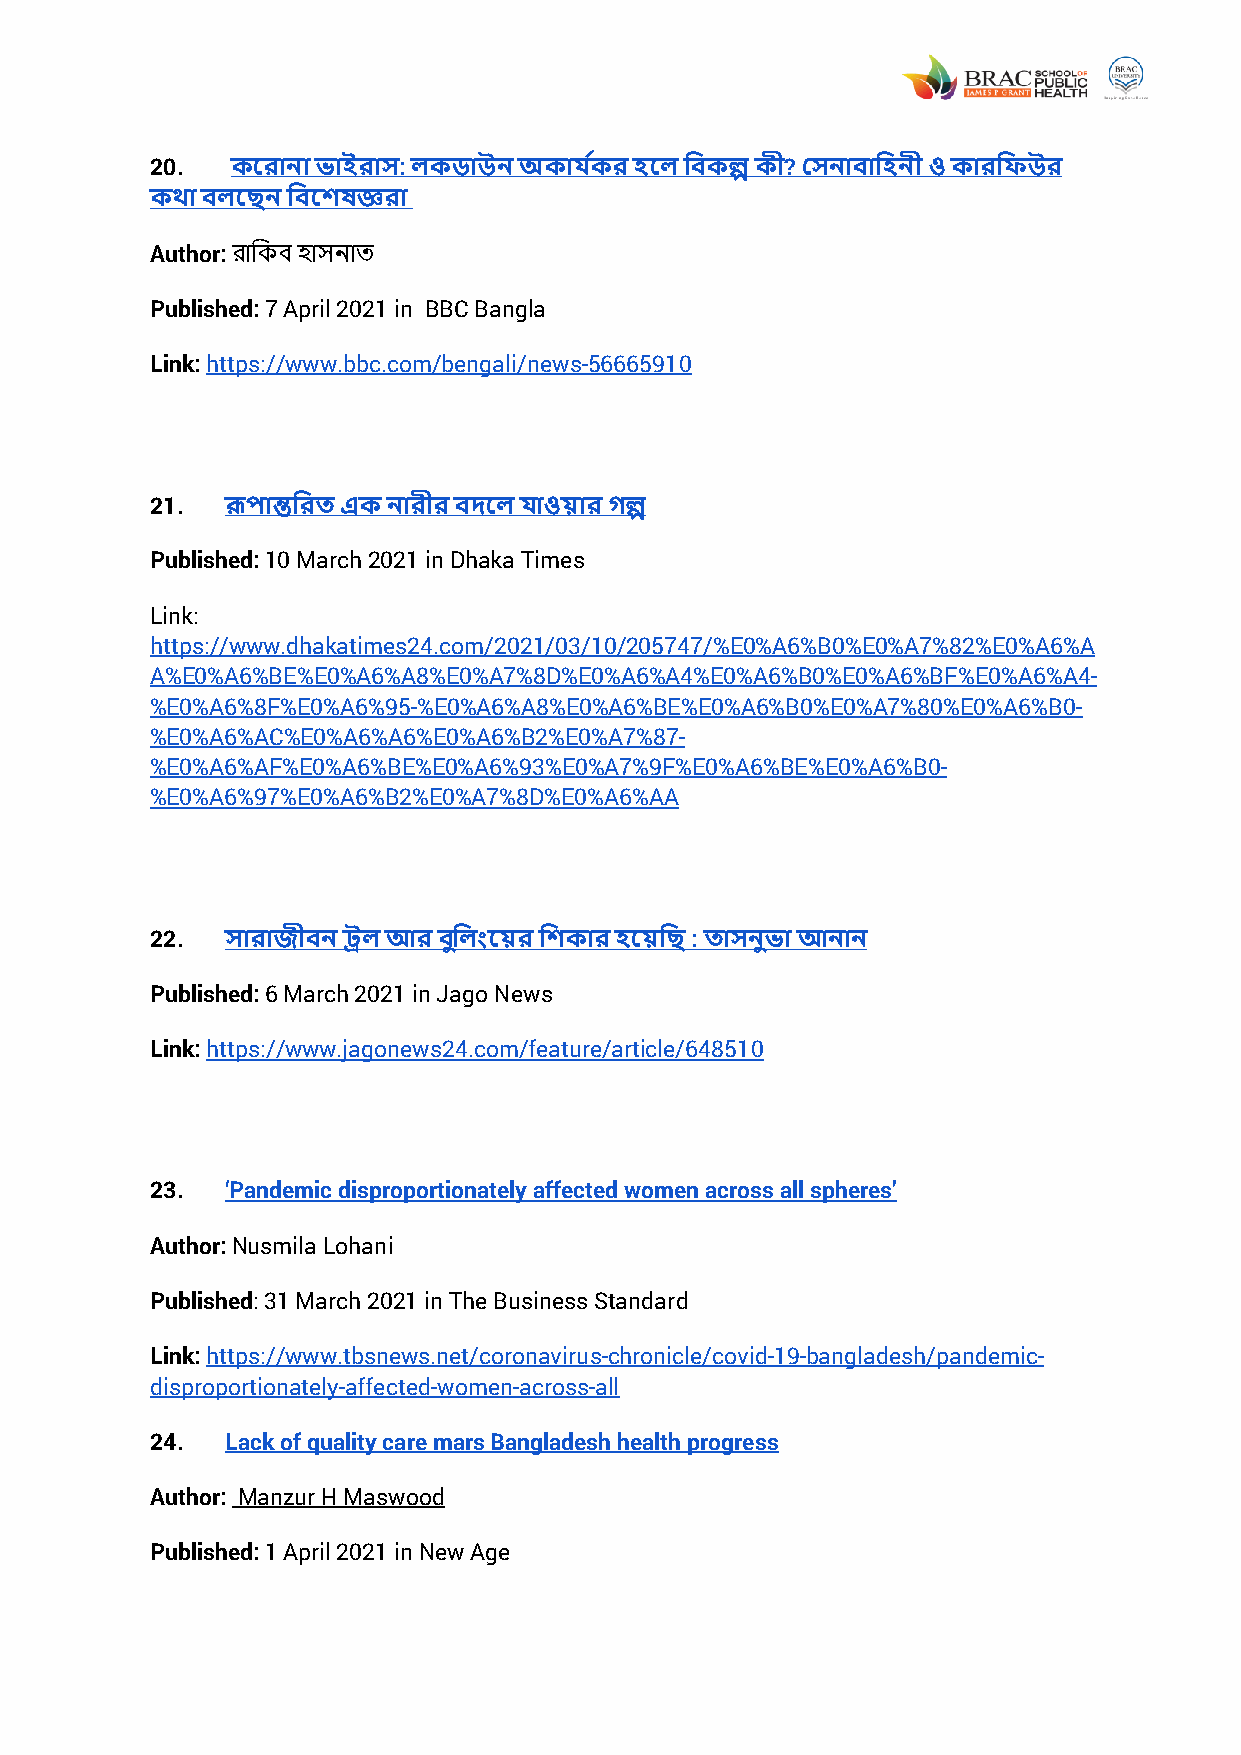
20.  কতরাো িাইরার্: লকডাউে অকার্কজ র িতল তবকল্প কী? কর্োবাতিেী ও কারতিউর
 কথা বলতছে তবতেষজ্ঞরা
 Author: রারিে াসনাত
 Published: 7 April 2021 in BBC Bangla
 Link: https://www.bbc.com/bengali/news-56665910
 21.  রূপান্ততরি এক োরীর বদতল র্াওয়ার গল্প
 Published: 10 March 2021 in Dhaka Times
 Link:
 https://www.dhakatimes24.com/2021/03/10/205747/%E0%A6%B0%E0%A7%82%E0%A6%A
 A%E0%A6%BE%E0%A6%A8%E0%A7%8D%E0%A6%A4%E0%A6%B0%E0%A6%BF%E0%A6%A4-
 %E0%A6%8F%E0%A6%95-%E0%A6%A8%E0%A6%BE%E0%A6%B0%E0%A7%80%E0%A6%B0-
 %E0%A6%AC%E0%A6%A6%E0%A6%B2%E0%A7%87-
 %E0%A6%AF%E0%A6%BE%E0%A6%93%E0%A7%9F%E0%A6%BE%E0%A6%B0-
 %E0%A6%97%E0%A6%B2%E0%A7%8D%E0%A6%AA
 22.  র্ারার্ীবে ট্রল আর ব তলিংতয়র তেকার িতয়তছ : িার্ে িা আোে
 Published: 6 March 2021 in Jago News
 Link: https://www.jagonews24.com/feature/article/648510
 23.  ‘Pandemic disproportionately affected women across all spheres’
 Author: Nusmila Lohani
 Published: 31 March 2021 in The Business Standard
 Link: https://www.tbsnews.net/coronavirus-chronicle/covid-19-bangladesh/pandemic-
 disproportionately-affected-women-across-all
 24.  Lack of quality care mars Bangladesh health progress
 Author: Manzur H Maswood
 Published: 1 April 2021 in New Age